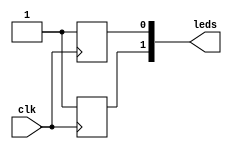
module error2  (
         input wire clk,            //-- Entrada de reloj
         output wire [1:0] leds);   //-- Leds a controlar

//-- Senal de habilitacion para las puertas
wire ena = 1'b1;

//-- Registro de 1 bit
reg reg0;
always @(posedge clk)
  reg0 <= 1'b1;

//-- Registro de 1 bit
reg reg1;
always @(posedge clk)
  reg1 <= 1'b1;

//-- Conectar los registros al cable de 2 bits
//-- Se controlan con la misma seal de habilitacion
assign leds[0] = (ena) ? reg0 : 1'bz;
assign leds[1] = (ena) ? reg1 : 1'bz;


endmodule